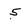
Character: 5